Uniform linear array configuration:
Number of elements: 12
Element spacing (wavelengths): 0.75
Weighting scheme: hann
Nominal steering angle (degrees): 30
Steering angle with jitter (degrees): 28.477
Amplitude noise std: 0.05
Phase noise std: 0.05

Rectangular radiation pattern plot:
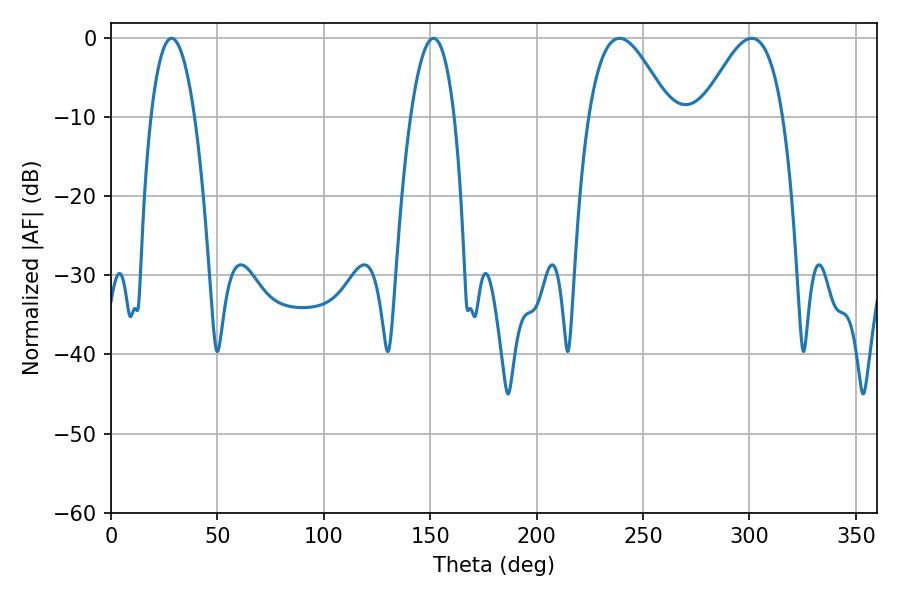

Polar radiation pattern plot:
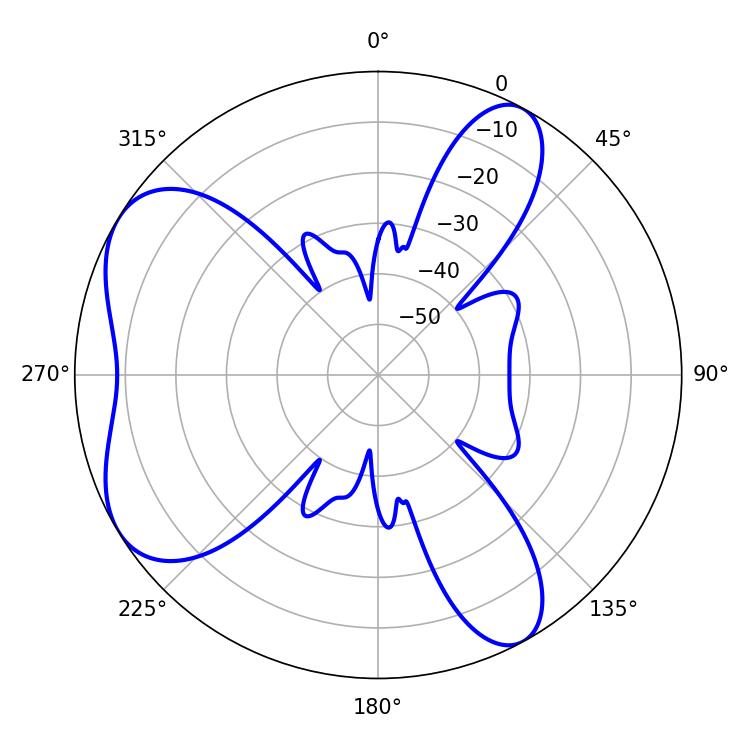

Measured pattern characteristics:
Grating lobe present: TRUE
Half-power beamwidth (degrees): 11.52
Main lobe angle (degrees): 28.44